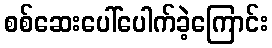
စစ်ဆေးပေါ်ပေါက်ခဲ့ကြောင်း